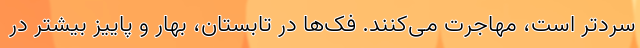
سردتر است، مهاجرت می‌کنند. فک‌ها در تابستان، بهار و پاییز بیشتر در